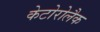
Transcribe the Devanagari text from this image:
केटोरोलैक